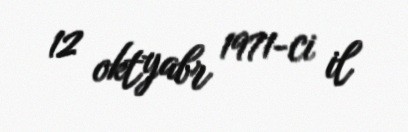
12 oktyabr 1971-ci il